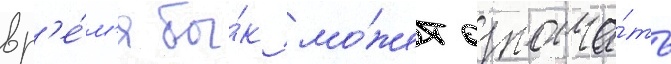
вр'е́м'я бы́к мо́жет означа́ть